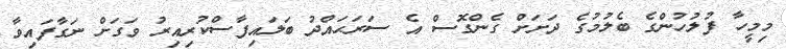
މިމީހާ ފުލުހުންގެ ބެލުމުގެ ދަށަށް ގެންގޮސް އެ ސަރަޙައްދު ބަލައިފާސްކުރިއިރު ވަގަށް ނަގާފައިވާ